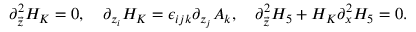
\partial _ { \vec { z } } ^ { 2 } H _ { K } = 0 , \ \ \ \partial _ { z _ { i } } H _ { K } = \epsilon _ { i j k } \partial _ { z _ { j } } A _ { k } , \ \ \ \partial _ { \vec { z } } ^ { 2 } H _ { 5 } + H _ { K } \partial _ { x } ^ { 2 } H _ { 5 } = 0 .